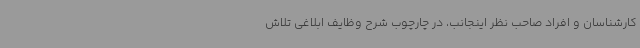
کارشناسان و افراد صاحب نظر اینجانب، در چارچوب شرح وظایف ابلاغی تلاش